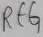
Text: REG